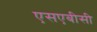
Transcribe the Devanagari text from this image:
एसएबीसी